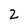
Character: 2